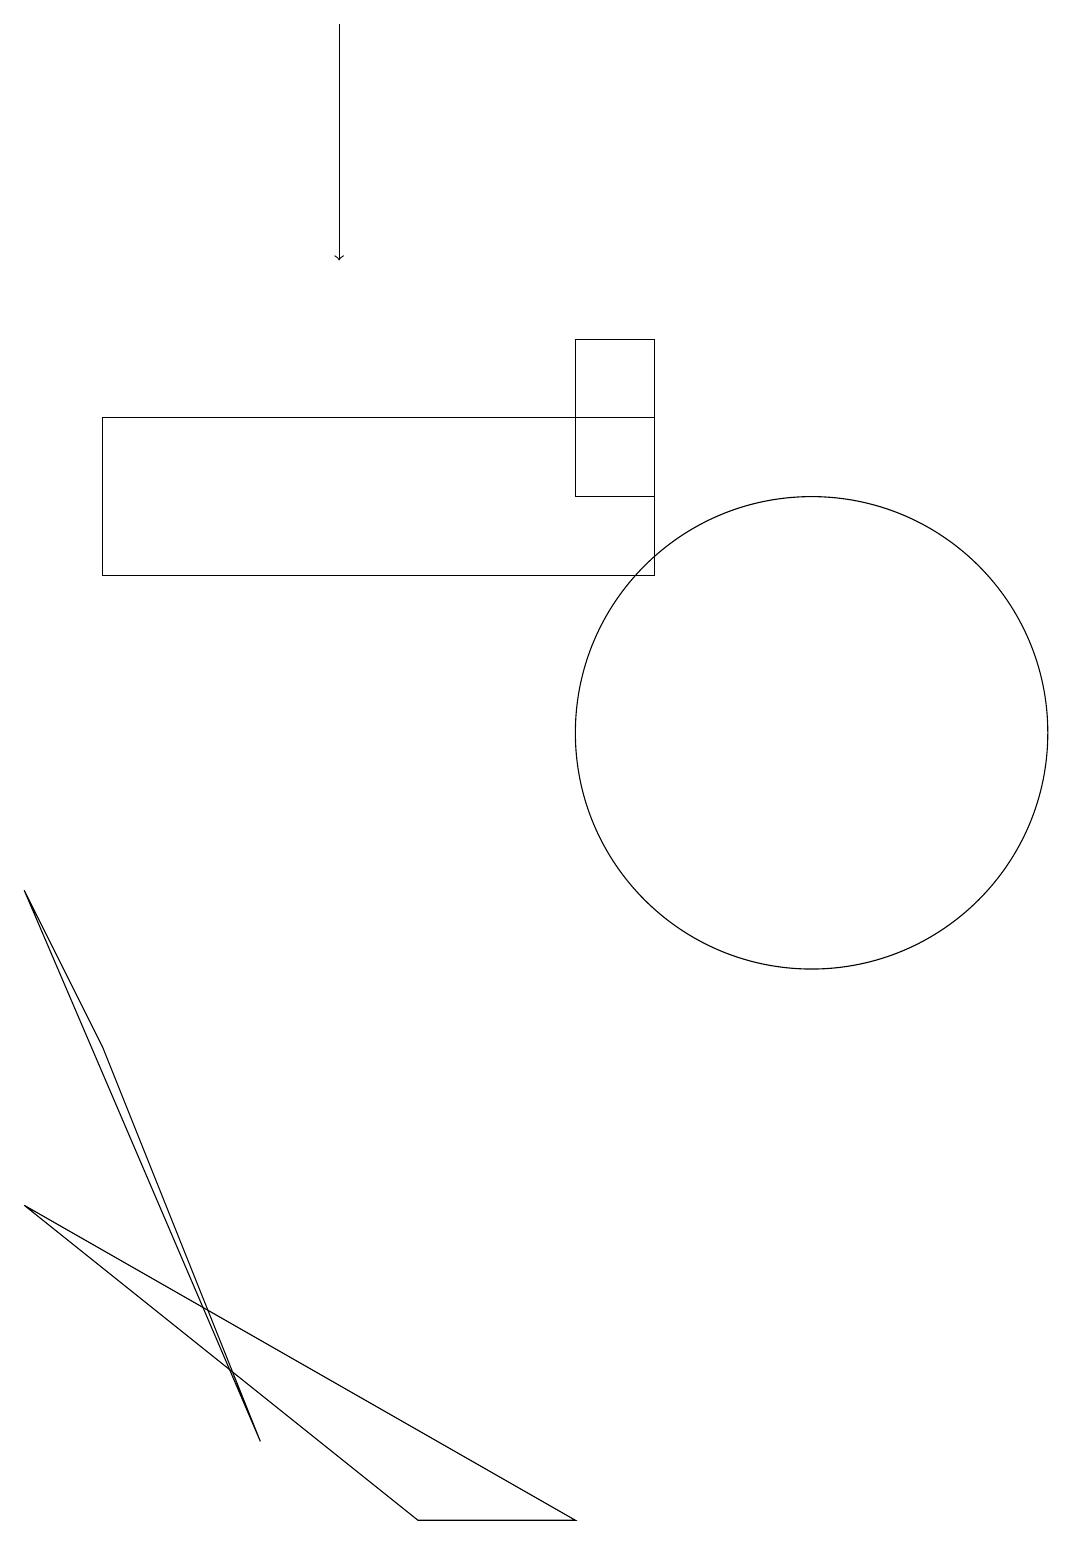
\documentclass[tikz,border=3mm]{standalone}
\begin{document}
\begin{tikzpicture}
\draw (11,10) circle (3);
\draw[->] (5,19) -- (5,16);
\draw (8,15) rectangle (9,13);
\draw (9,12) rectangle (2,14);
\draw (1,8) -- (2,6) -- (4,1) -- cycle;
\draw (1,4) -- (6,0) -- (8,0) -- cycle;
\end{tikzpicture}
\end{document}